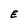
Character: E